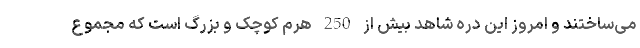
می‌ساختند و امروز این دره شاهد بیش از 250 هرم کوچک و بزرگ است که مجموع